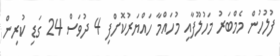
ފުލުހުން މެމްބަރު މަހުލޫފާއި މުހައްމާ ހައްޔަރުކޮށްފި 4 ދުވަސް 24 ގަޑި ކުރިން